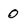
Character: 0